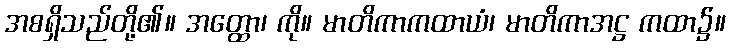
အစရှိသည်တို့၏။ အတ္ထော၊ ကို။ မာတိကာကထာယံ၊ မာတိကာအဋ္ဌ ကထာ၌။